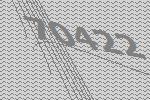
70422